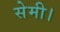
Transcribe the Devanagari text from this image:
सेमी।